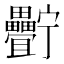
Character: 𤴍